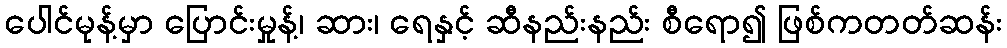
ပေါင်မုန့်မှာ ပြောင်းမှုန့်၊ ဆား၊ ရေနှင့် ဆီနည်းနည်း စီရော၍ ဖြစ်ကတတ်ဆန်း